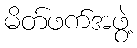
မိတ်ဖက်အဖွဲ့